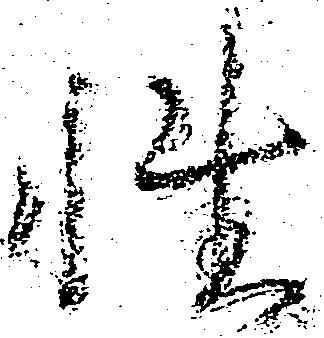
性